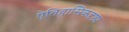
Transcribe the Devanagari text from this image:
ऐतिहासिकदृष्ट्य